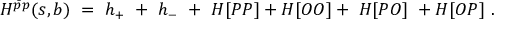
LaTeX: H ^ { \bar { p } p } ( s , b ) \ = \ h _ { + } \ + \ h _ { - } \ + \ H [ P P ] + H [ O O ] + \ H [ P O ] \ + H [ O P ] \ .